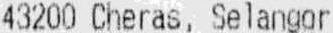
43200 CHERAS, SELANGOR